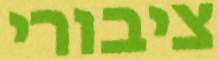
ציבורי